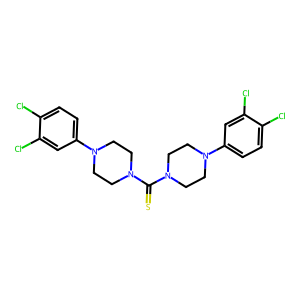
SMILES: S=C(N1CCN(c2ccc(Cl)c(Cl)c2)CC1)N1CCN(c2ccc(Cl)c(Cl)c2)CC1
Inhibits HIV replication: No